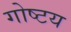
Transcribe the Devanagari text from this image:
गोष्टय